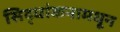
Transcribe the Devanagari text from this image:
सिद्धांकनामधून